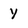
Character: y